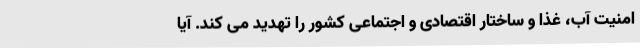
امنیت آب، غذا و ساختار اقتصادی و اجتماعی کشور را تهدید می کند. آیا